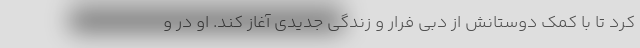
کرد تا با کمک دوستانش از دبی فرار و زندگی جدیدی آغاز کند. او در و